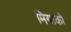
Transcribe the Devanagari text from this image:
मियाको